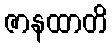
ဇာနထာတိ